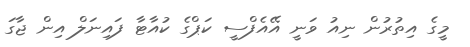
މީގެ އިތުރުން ނިއު ވަނީ އޭއެފްސީ ކަޕްގެ ކުއާޓާ ފައިނަލް އިން ޖާގަ